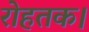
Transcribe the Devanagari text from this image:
रोहतक।